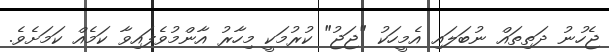
ޖެހުނު ދަތިތައް ނުބަލައި އެމީހަކު "ޖަޖު" ކުރުމަކީ މިހާރު އާންމުވެފައިވާ ކަމެއް ކަމަށެވެ.